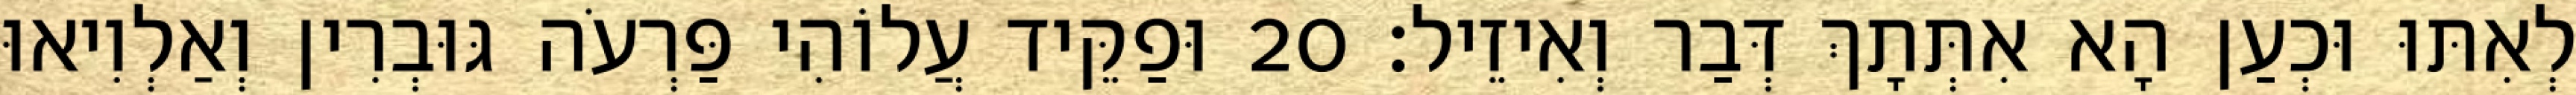
לְאִתּוּ וּכְעַן הָא אִתְּתָךְ דְּבַר וְאִיזֵיל׃ 20 וּפַקֵּיד עֲלוֹהִי פַּרְעֹה גּוּבְרִין וְאַלְוִיאוּ